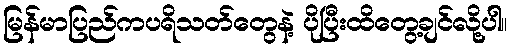
မြန်မာပြည်ကပရိသတ်တွေနဲ့ ပိုပြီးထိတွေ့ချင်လို့ပါ။